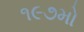
૧૯૭મો